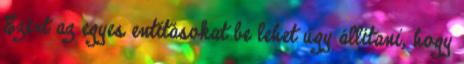
Ezért az egyes entitásokat be lehet úgy állítani, hogy